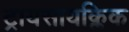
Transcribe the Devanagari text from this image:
ट्रायसायक्लिक